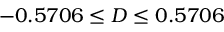
- 0 . 5 7 0 6 \leq D \leq 0 . 5 7 0 6